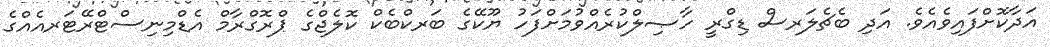
އަދާކޮށްފައިވެއެވެ. އަދި ބެޗެލަރސް ޑިގްރީ ހާޞިލްކުރެއްވުމަށްފަހު ޔޫކޭގެ ބަރކްބެކް ކޮލެޖްގެ ޕްރޮގްރާމް އެޑްމިނިސްޓްރޭޓަރއެއްގެ